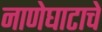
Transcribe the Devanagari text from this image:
नाणेघाटाचे